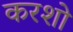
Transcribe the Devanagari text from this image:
करशो